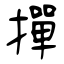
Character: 撣